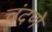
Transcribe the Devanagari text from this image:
चंदणे